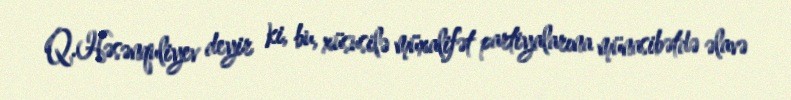
Q.Həsənquliyev deyir ki, bu, xüsusilə müxalifət partiyalarına münasibətdə əlavə